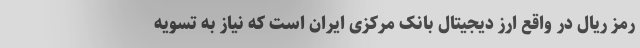
رمز ریال در واقع ارز دیجیتال بانک مرکزی ایران است که نیاز به تسویه